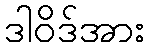
ဒါဝိဒ်အား